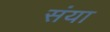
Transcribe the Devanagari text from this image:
संया